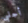
أجلبي